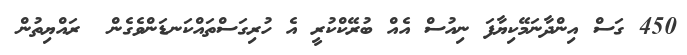
450 ގަސް އިންދާނަމޭކިޔާފަ ނިއުސް އެއް ބުރޭކްކުރީ އެ ހުރިގަސްތައްކަނޑަންވެގެން  ރައްޔިތުން